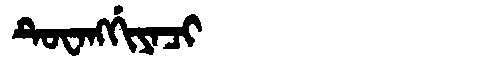
Manchu: ᡨᡠᠸᠠᠩᡤᡳᠶᠠᠴᡳ
Romanization: TUWANGGIYACI